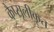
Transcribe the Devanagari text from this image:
कैप्सूलीकृत